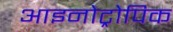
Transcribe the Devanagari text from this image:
आइनोट्रोपिक